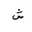
Letter: _shin